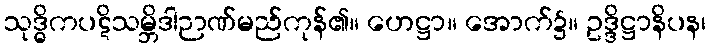
သုဒ္ဓိကပဋိသမ္ဘိဒါဉာဏ်မည်ကုန်၏။ ဟေဋ္ဌာ။ အောက်၌။ ဥဒ္ဒိဋ္ဌာနိပန၊